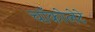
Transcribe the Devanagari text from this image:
चॉकोलेटे